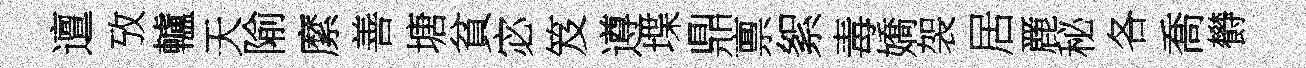
邅攷轤天隃縻善塘貧宓笈遵堞鼎禀絮毒嬌袈居䴡秘各喬欎